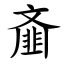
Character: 齑